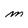
Character: m